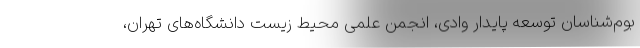
بوم‌شناسان توسعه پایدار وادی، انجمن علمی محیط زیست دانشگاه‌های تهران،